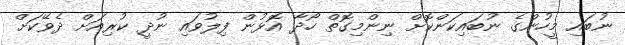
ނުބައި މީހުންގެ ނުބައިކަންކޮށް ނިންމިގޮތް ހޯދާ އޮޅުން ފިލުވައި ނުދީ ކުރިއަށް ދެވޭކަށް